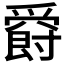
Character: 𤔸